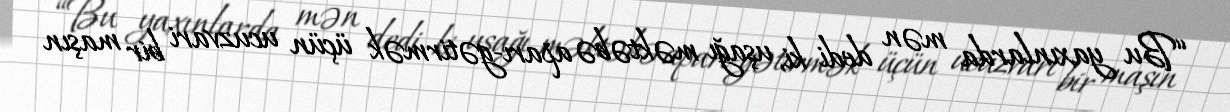
“Bu yaxınlarda mən dedi ki, uşağı məktəbə aparı-gətirmək üçün ucuzvari bir maşın